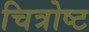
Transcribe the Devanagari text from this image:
चित्रोष्ट